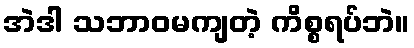
အဲဒါ သဘာဝမကျတဲ့ ကိစ္စရပ်ဘဲ။